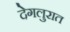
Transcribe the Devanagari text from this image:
देगलुरात